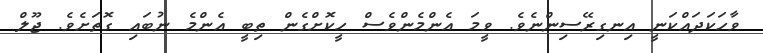
ވާހަކަދައްކަނީ އިނގިރޭސިންނެވެ. ވީމަ އެންމެންވެސް ހީކޮށްގެން ތިބީ އެންމެ ނުބައި ގޮތަށެވެ. ޖޫލް